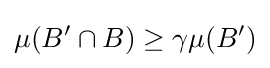
\mu (B'\cap B)\geq \gamma \mu (B')